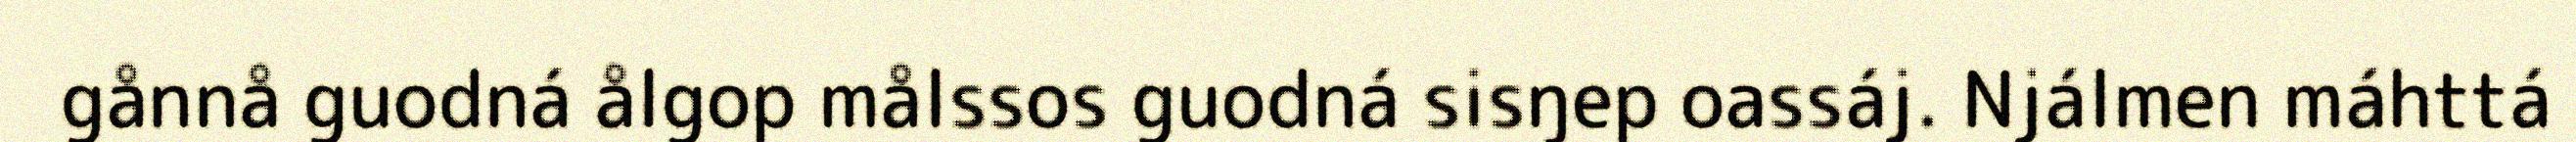
gånnå guodná ålgop målssos guodná sisŋep oassáj. Njálmen máhttá